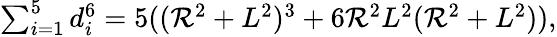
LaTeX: \textstyle\sum_{i=1}^{5}d_{i}^{6}=5((\mathcal{R}^{2}+L^{2})^{3}+6\mathcal{R}^{2}L^{2}(\mathcal{R}^{2}+L^{2})),